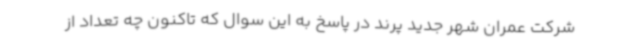
شرکت عمران شهر جدید پرند در پاسخ به این سوال که تاکنون چه تعداد از